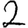
Digit: 2